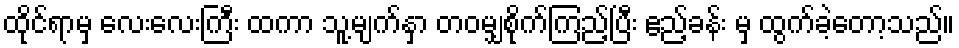
ထိုင်ရာမှ လေးလေးကြီး ထကာ သူ့မျက်နှာ တဝမျှစိုက်ကြည့်ပြီး ဧည့်ခန်း မှ ထွက်ခဲ့တော့သည်။